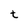
Character: t